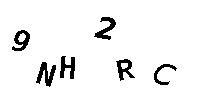
9NH2RC